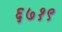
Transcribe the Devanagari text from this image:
६७१९